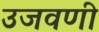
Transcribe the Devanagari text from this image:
उजवणी